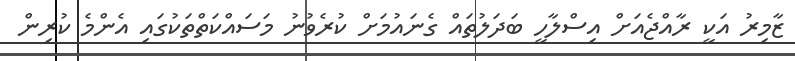
ޒާމިރު އަކީ ރާއްޖެއަށް އިސްލާހީ ބަދަލުތައް ގެނައުމަށް ކުރެވުނު މަސައްކަތްތަކުގައި އެންމެ ކުރިން